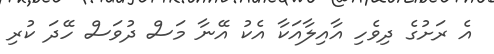
އެ ރަށުގެ ދިވެހި އާއިލާއަކާ އެކު އޭނާ މަސް ދުވަސް ހޭދަ ކުރި